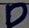
Text: D